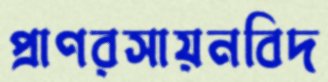
প্রাণরসায়নবিদ